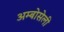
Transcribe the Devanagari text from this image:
अम्बोसेली